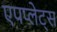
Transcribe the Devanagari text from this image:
एपप्लेट्स